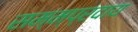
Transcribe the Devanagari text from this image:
सम्म्प्रदाय